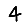
Digit: 4